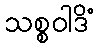
သစ္စဝါဒိံ